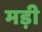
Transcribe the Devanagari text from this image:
मड़ी